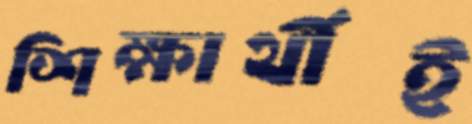
শিক্ষার্থীই